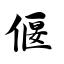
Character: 偃